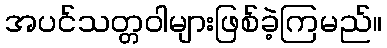
အပင်သတ္တဝါများဖြစ်ခဲ့ကြမည်။